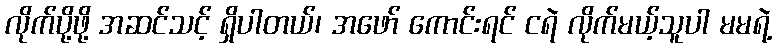
လိုက်ပို့ဖို့ အဆင်သင့် ရှိပါတယ်၊ အဖော် ကောင်းရင် ငရဲ လိုက်မယ့်သူပါ မမရဲ့